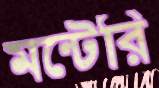
মন্টেরি